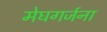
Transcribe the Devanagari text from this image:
मेघगर्जना